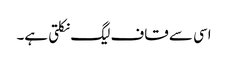
اسی سے قاف لیگ نکلتی ہے۔